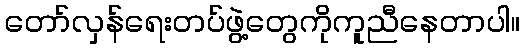
တော်လှန်ရေးတပ်ဖွဲ့တွေကိုကူညီနေတာပါ။